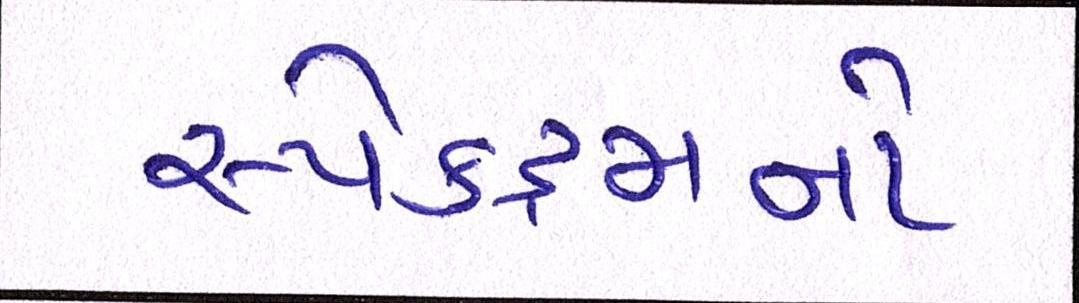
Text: સ્પેક્ટ્રમનો